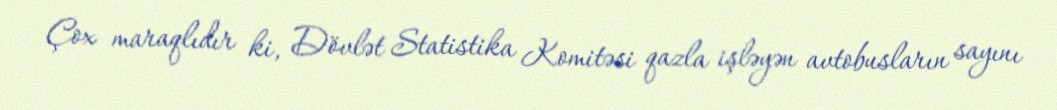
Çox maraqlıdır ki, Dövlət Statistika Komitəsi qazla işləyən avtobusların sayını